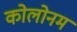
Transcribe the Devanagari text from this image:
कोलोनम